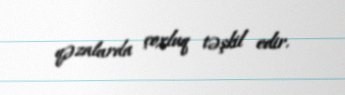
qəzalarda çoxluq təşkil edir.